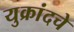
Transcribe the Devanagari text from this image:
युक्रांदचे